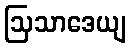
ဩသာဒေယျ